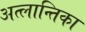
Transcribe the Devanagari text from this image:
अत्लान्तिका